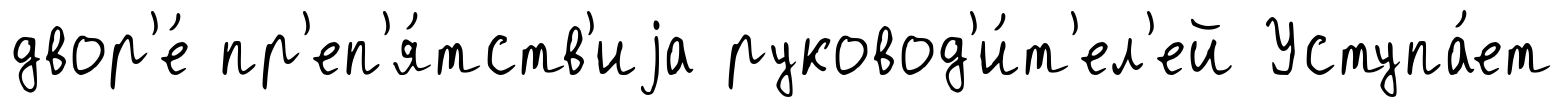
двор'е́ пр'еп'я́тств'иjа руковод'и́т'ел'ей Уступа́ет